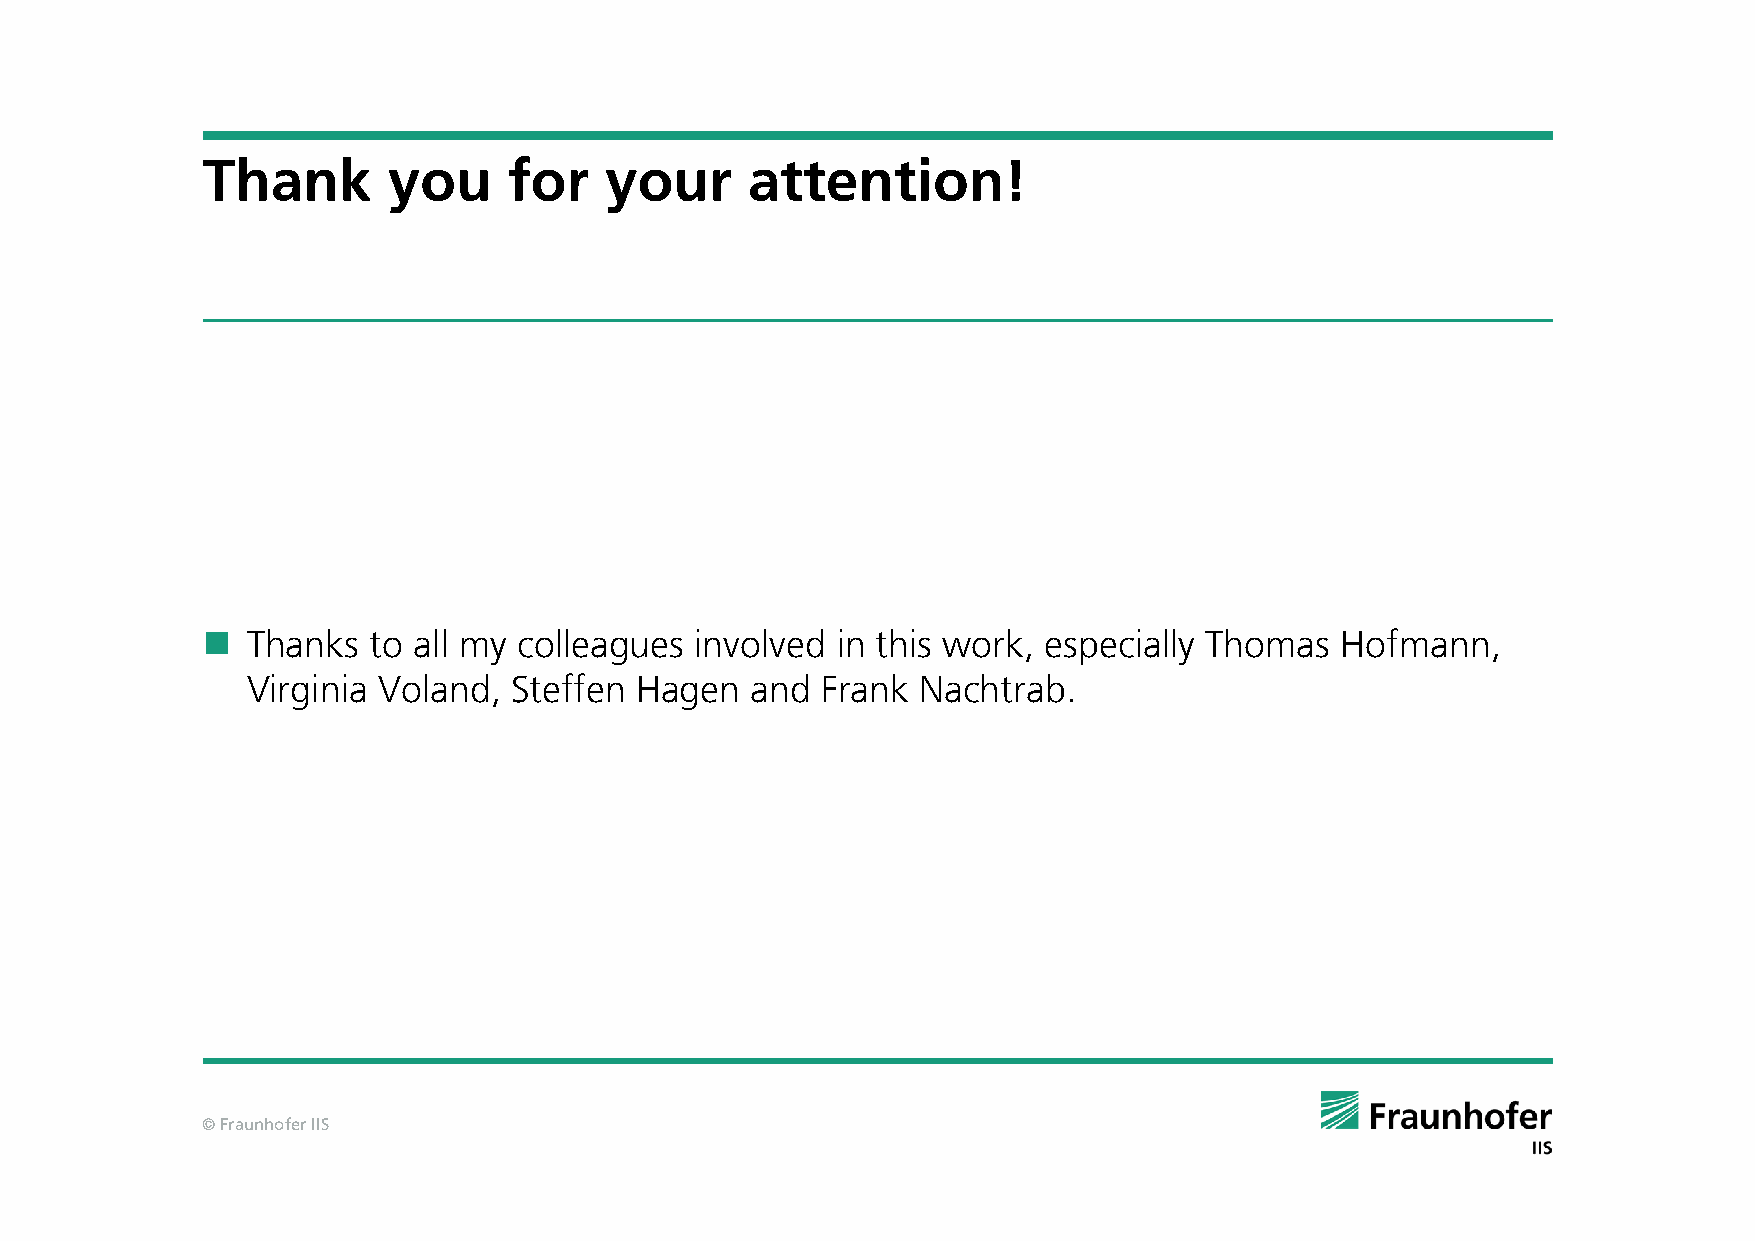
Thank        you     for   your     attention!
   Thanks  to all my colleagues  involved in this work, especially Thomas   Hofmann,
 Virginia Voland,  Steffen Hagen   and Frank  Nachtrab.
 © Fraunhofer IIS